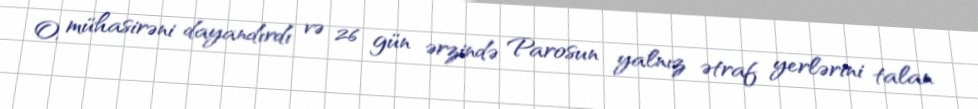
O, mühasirəni dayandırdı və 26 gün ərzində Parosun yalnız ətraf yerlərini talan